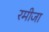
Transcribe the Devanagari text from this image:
रमीजा